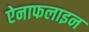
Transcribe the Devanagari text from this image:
ऐनाफलाइन